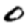
Digit: 0